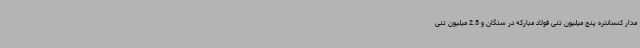
مدار کنسانتره پنج میلیون تنی فولاد مبارکه در سنگان و 2.5 میلیون تنی